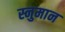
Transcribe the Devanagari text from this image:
स्नुमान